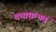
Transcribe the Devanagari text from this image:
यथासम्भवं